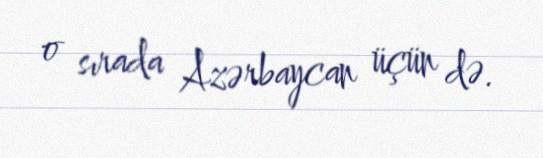
o sırada Azərbaycan üçün də.